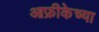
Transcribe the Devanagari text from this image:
आफ्रीकेच्या